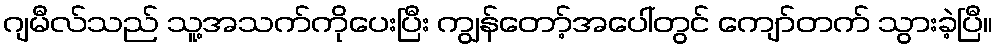
ဂျမီလ်သည် သူ့အသက်ကိုပေးပြီး ကျွန်တော့်အပေါ်တွင် ကျော်တက် သွားခဲ့ပြီ။